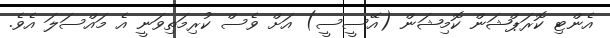
އެންޓި ކޮރަޕްޝަން ކޮމިޝަން (އޭސީސީ) އަށް ވެސް ކުރިމަތިވަނީ އެ މައްސަލަ އެވެ.